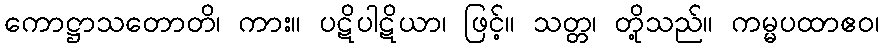
ကောဋ္ဌာသတောတိ၊ ကား။ ပဋိပါဋိယာ၊ ဖြင့်။ သတ္တ၊ တို့သည်။ ကမ္မပထာဧဝ၊